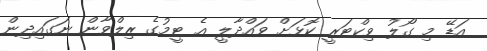
އަޑޭ މި ގޯލު ވިކްޓަރީ ކޮޅަށް ވައްދާލީ އެ ޓީމުގެ ރިލްވާން ނަގައިދިން